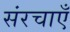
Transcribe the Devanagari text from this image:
संरचाएँ